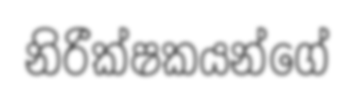
නිරීක්ෂකයන්ගේ